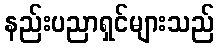
နည်းပညာရှင်များသည်